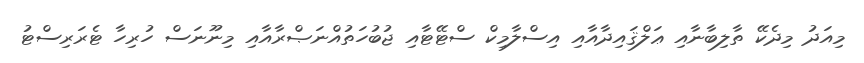
މިއަދު މިދެކޭ ތާލިބާނާއި ޢަލްޤައިދާއާއި އިސްލާމިކް ސްޓޭޓާއި ޖުބުހަތުއްނަޞްރާއާއި މިނޫނަސް ހުރިހާ ޓެރަރިސްޓު